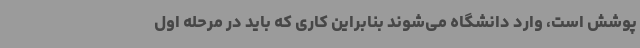
پوشش است، وارد دانشگاه می‌شوند بنابراین کاری که باید در مرحله اول